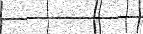
: